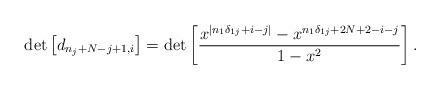
LaTeX: \begin{align*}\det\left[d_{n_{j}+N-j+1,i}\right] =\det\left[\frac{x^{|n_{1}\delta_{1j}+i-j|}-x^{n_{1}\delta_{1j}+2N+2-i-j}}{1-x^{2}}\right].\end{align*}